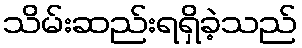
သိမ်းဆည်းရရှိခဲ့သည်